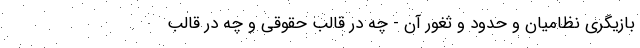
بازیگری نظامیان و حدود و ثغور آن -‌ چه در قالب حقوقی و چه در قالب